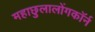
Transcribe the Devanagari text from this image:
महाछुलालोंगकॉर्न